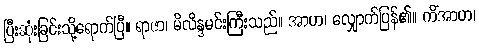
ပြီးဆုံးခြင်းသို့ရောက်ပြီ။ ရာဇာ၊ မိလိန္ဒမင်းကြီးသည်။ အာဟ၊ လျှောက်ပြန်၏။ ကိံအာဟ၊